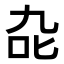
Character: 𭇍